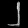
Digit: ၂